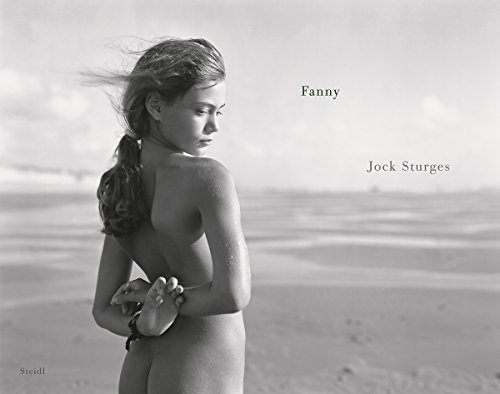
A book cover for Jock Sturges: Fanny; Arts & Photography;